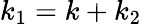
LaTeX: k_{1}=k+k_{2}